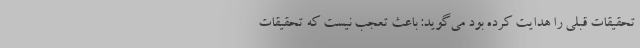
تحقیقات قبلی را هدایت کرده بود می‌گوید: باعث تعجب نیست که تحقیقات